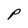
Character: P